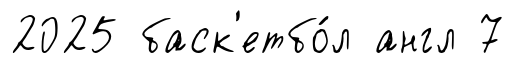
2025 баск'етбо́л англ 7